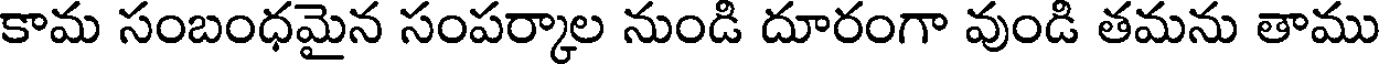
కామ సంబంధమైన సంపర్కాల నుండి దూరంగా వుండి తమను తాము